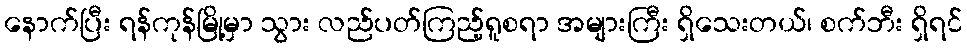
နောက်ပြီး ရန်ကုန်မြို့မှာ သွား လည်ပတ်ကြည့်ရူစရာ အများကြီး ရှိသေးတယ်၊ စက်ဘီး ရှိရင်